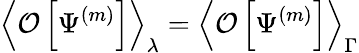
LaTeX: \left<\mathcal O\left[\Psi^{(m)}\right]\right>_{\lambda}=\left<\mathcal O\left[\Psi^{(m)}\right]\right>_{\Gamma}